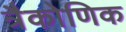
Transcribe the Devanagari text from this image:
त्रैकोणिक